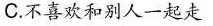
C.不喜欢和别人一起走